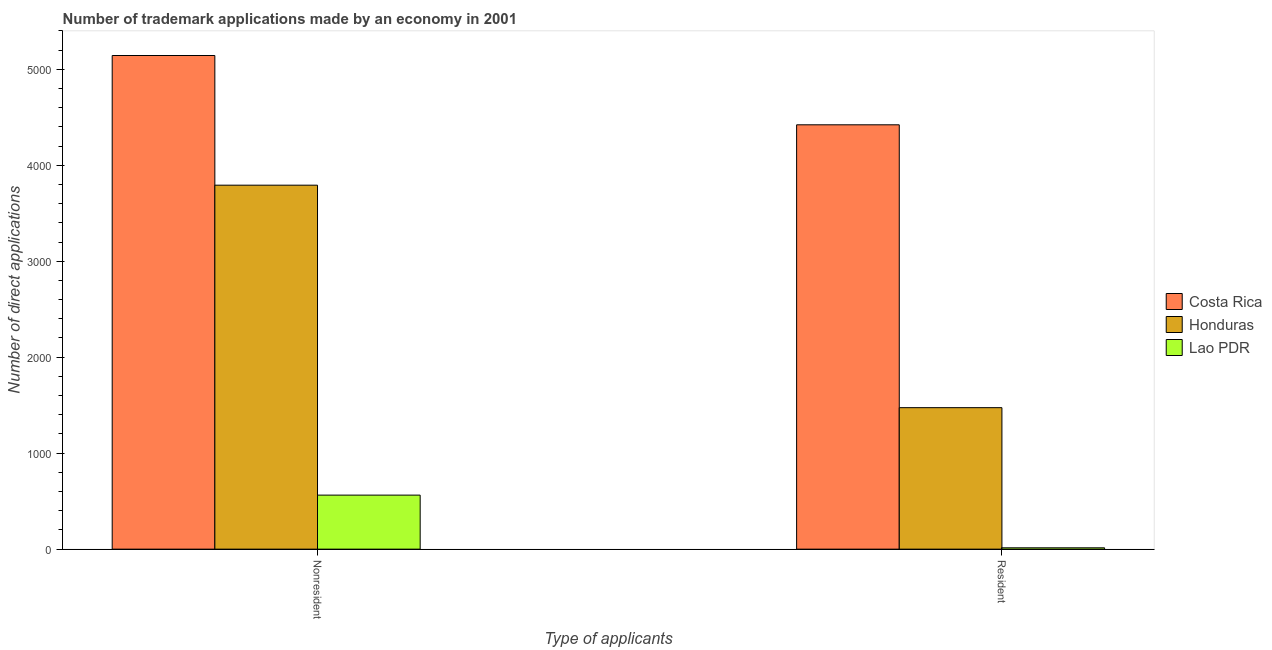
| Type of applicants | Costa Rica | Honduras | Lao PDR |
 | --- | --- | --- | --- |
 | Nonresident | 5.14e+03 | 3.79e+03 | 563 |
 | Resident | 4.42e+03 | 1.47e+03 | 14 |